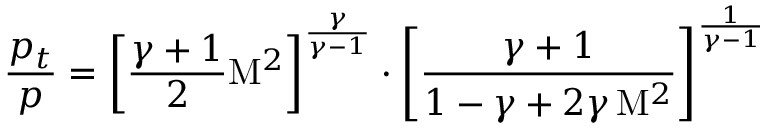
{ \frac { p _ { t } } { p } } = \left[ { \frac { \gamma + 1 } { 2 } } \mathrm { M } ^ { 2 } \right] ^ { \frac { \gamma } { \gamma - 1 } } \cdot \left[ { \frac { \gamma + 1 } { 1 - \gamma + 2 \gamma \, \mathrm { M } ^ { 2 } } } \right] ^ { \frac { 1 } { \gamma - 1 } }